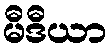
မီဒီယာ